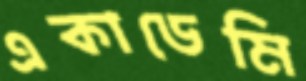
একাডেমি